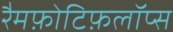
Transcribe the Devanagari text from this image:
रैमफ़ोटिफ़लॉप्स